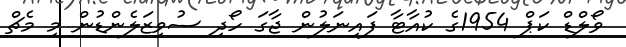
ވޯލްޑް ކަޕް 1954ގެ ކުއާޓާ ފައިނަލުން ޖާގަ ހޯދި ސުވިޒަލެންޑުން މި މެޗް